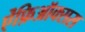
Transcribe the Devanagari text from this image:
ऐंफ़िऑक्सस